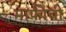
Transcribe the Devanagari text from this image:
माफीची